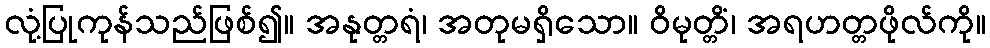
လုံ့ပြုကုန်သည်ဖြစ်၍။ အနုတ္တရံ၊ အတုမရှိသော။ ဝိမုတ္တိံ၊ အရဟတ္တဖိုလ်ကို။